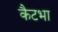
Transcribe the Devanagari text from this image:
कैटभा